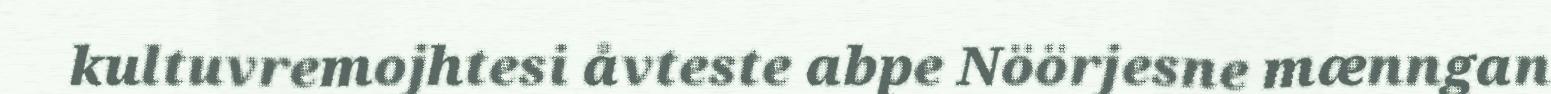
kultuvremojhtesi åvteste abpe Nöörjesne mænngan